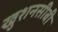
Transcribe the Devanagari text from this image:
खुशनसीबी